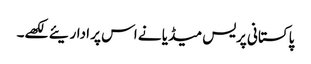
پاکستانی پریس میڈیا نے اس پر اداریئے لکھے۔